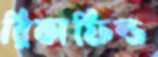
রিকাফিল্ড